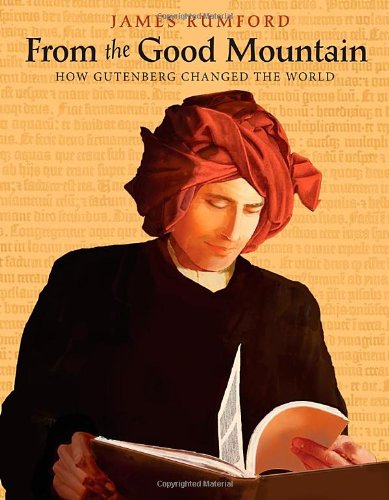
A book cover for From the Good Mountain: How Gutenberg Changed the World; James Rumford; Children's Books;